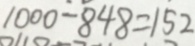
1 0 0 0 - 8 4 8 = 1 5 2